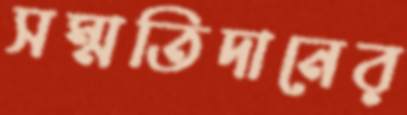
সম্মতিদানের